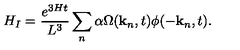
H _ { I } = \frac { e ^ { 3 H t } } { L ^ { 3 } } \sum _ { n } \alpha \Omega ( { \bf k } _ { n } , t ) \phi ( - { \bf k } _ { n } , t ) .